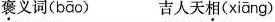
\underset{·}{褒}义词( bāo ) 吉人天\underset{·}{相}(xiāng)